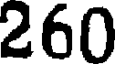
260